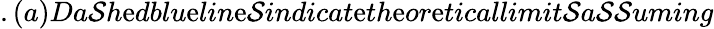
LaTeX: .(a)Da\mathcal{S}h\mathrm{e}dblu\mathrm{e}lin\mathrm{e}\mathcal{S}indicat\mathrm{e}th\mathrm{e}or\mathrm{e}ticallimit\mathcal{S}a\mathcal{S}\mathcal{S}uming